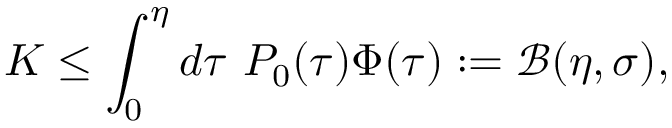
K \leq \int _ { 0 } ^ { \eta } d \tau ~ P _ { 0 } ( \tau ) \Phi ( \tau ) : = \mathcal { B } ( \eta , \sigma ) ,